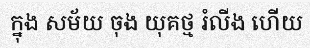
ក្នុង សម័យ ចុង យុគថ្ម រំលីង ហើយ